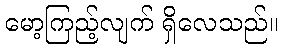
မော့ကြည့်လျက် ရှိလေသည်။